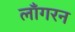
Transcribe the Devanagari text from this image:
लाँगरन